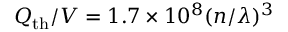
Q _ { \mathrm { t h } } / V = 1 . 7 \times 1 0 ^ { 8 } ( n / \lambda ) ^ { 3 }